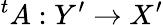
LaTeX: {}^{t}A:Y^{\prime}\to X^{\prime}